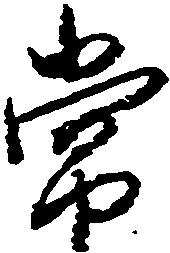
常